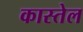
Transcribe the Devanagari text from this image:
कास्तेल